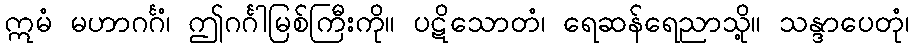
ဣမံ မဟာဂင်္ဂံ၊ ဤဂင်္ဂါမြစ်ကြီးကို။ ပဋိသောတံ၊ ရေဆန်ရေညာသို့။ သန္ဒာပေတုံ၊